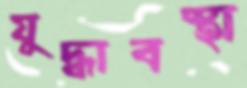
যুদ্ধাবস্থা